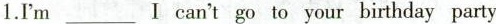
1.I'm___ Ⅰ can't go to your birthday party